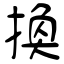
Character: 換